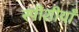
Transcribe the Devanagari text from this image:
स्पीशीयाँ